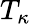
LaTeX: T_{\kappa}